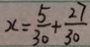
x = \frac { 5 } { 3 0 } + \frac { 2 7 } { 3 0 }